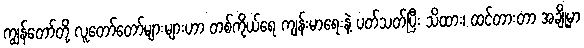
ကျွန်တော်တို့ လူတော်တော်များများဟာ တစ်ကိုယ်ရေ ကျန်းမာရေးနဲ့ ပတ်သတ်ပြီး သိထား၊ ထင်တားတာ အချို့မှာ